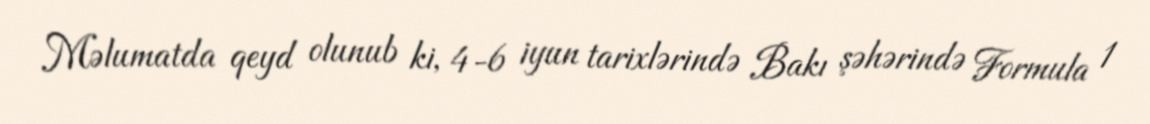
Məlumatda qeyd olunub ki, 4-6 iyun tarixlərində Bakı şəhərində Formula 1